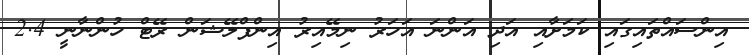
އިންސައްތައިގައި ކަމަށާއި އަދި އަންނަ އަހަރު ނިމޭއިރު އިންފްލޭޝަން ރޭޓް ހުންނާނީ 2.4